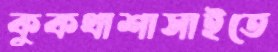
কুকথাশাসাইতে